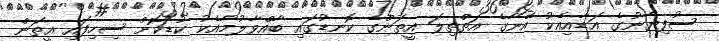
ސުފިޔާނުގެ އަޑާއިއެކު އޭނާގެ އަތްތިލަ އީތަންގެ ކޮނޑުގައި ބާއްވާލުމާއެކު ކުޑަކޮށް ސިހިފައި އީތަން